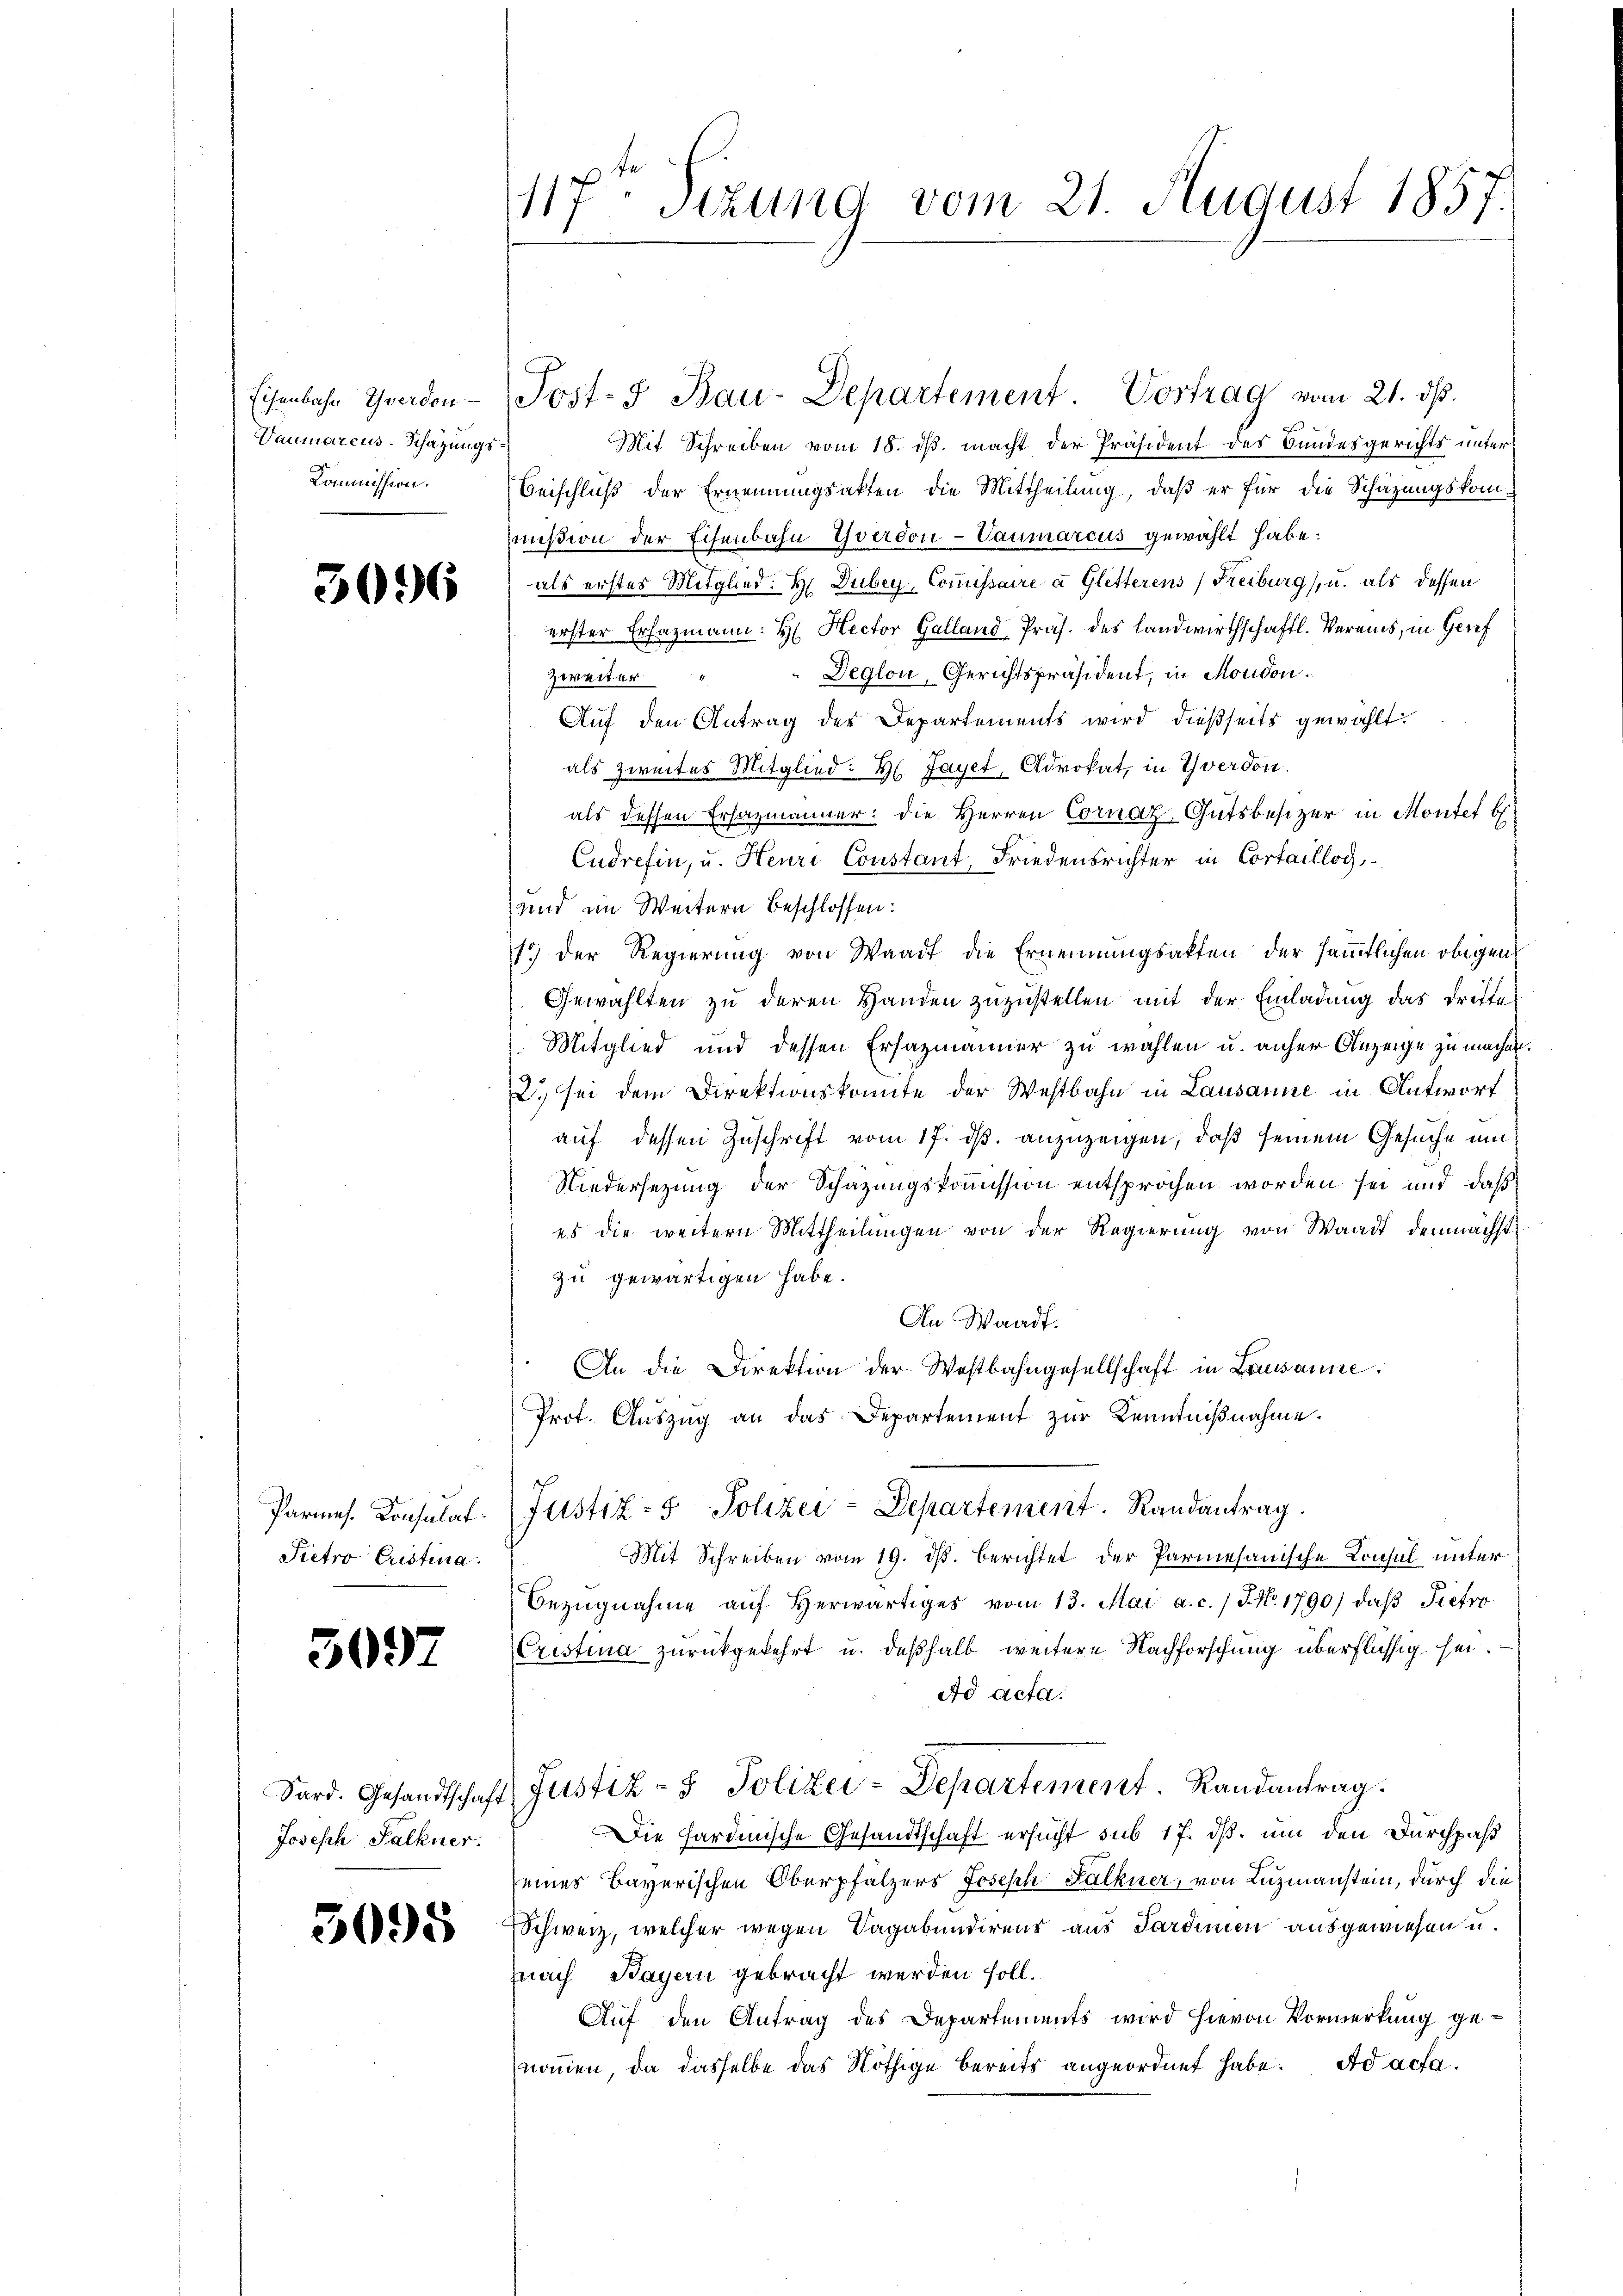
Eisenbahn Yverdon
Vaumarcus-Schazungs
Kommission.

3096

Parmes. Konsulat
Pietro Cristina

5097

Sard. Gesandtschaft
Joseph Falkner.

5095

117 Stzung vom 21. August 185
1

Mit Schreiben vom 18. ds. macht der Präsident des Bundesgerichts unter
Beischluß der Ernennungsakten die Mittheilung, daß er für die Schätzungskommißion der Eisenbahn Yverdon-Vaumarcus gewählt habe:
als erstes Mitglied: H. Duber, Commissaire à Gletterens (Freiburg), u. als dessen
erster Erfazmann: H. Rector Galland Präs. des Landwirthschaftl. Vereins, in Geref
Deglon, Gerichtspräsident, in Moudon.
Zweiter
Auf den Antrag des Departements wird dießseits gewählt.
als zweites Mitglied: Hr. Jayer, Advokat, in Yverdon.
als dessen Ersazmänner: die Herren Cornaz-Gutsbesizer in Monte b
Eudrefin, u. Heuri Constant, Friedensrichter in Cortaillog,
und im Weitern beschlossen:
15) der Regierung von Waadt die Ernennungsakten der sämmtlichen obigens
Gewählten zu deren Handen zuzustellen mit der Einladung das dritte
Mitglied und dessen Ersazmänner zu wählen u. anher Anzeige zu machen.
2. sei dem Direktionskomite der Westbahn in Lausanne in Antwort
auf dessen Zuschrift vom 17. ds. anzuzeigen, daß seinem Gesuche um
Niedersezung der Schazungskommission entsprochen worden sei und daß
es die weitern Mittheilungen von der Regierung von Waadt demnächstzu gewärtigen habe.
An Waadt.
An die Direktion der Westbahngesellschaft in Lausanne
Prot. Auszug an das Departement zur Kenntnißnahme.
Justiz- & Polizei-Departement. Randantrag.
Mit Schreiben vom 19. ds. berichtet der Parmesanische Consul unter
Bezŭgnahme aŭf herwärtiges vom 13. Mai a. c. / NNo. 1790) daβ Pietro
Cristina zurückgekehrt u. deßhalb weitere Nachforschung überflüssig sei.
Ad Acta.
Justiz- & Polizei-Departement. Randantrag.
Die Hardinische Gesandtschaft ersucht sub 17. ds. um den Durchpaß
seines Bayerischen Oberpfalzers Joseph Kalkner, von Luzmanstein, durch die
Schweiz, welcher wegen Vagabundirens aus Sardinen ausgewiesen u.
nach Bayern gebracht werden soll.
Auf den Antrag des Departements wird hievon Vormerkung genommen, da dasselbe das Nöthige bereits angeordnet habe. Ad acta

Post- & Bau-Departement. Vortrag vom 21. ds.